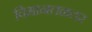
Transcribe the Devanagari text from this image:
विमानतळतर